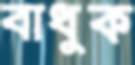
বাধুক